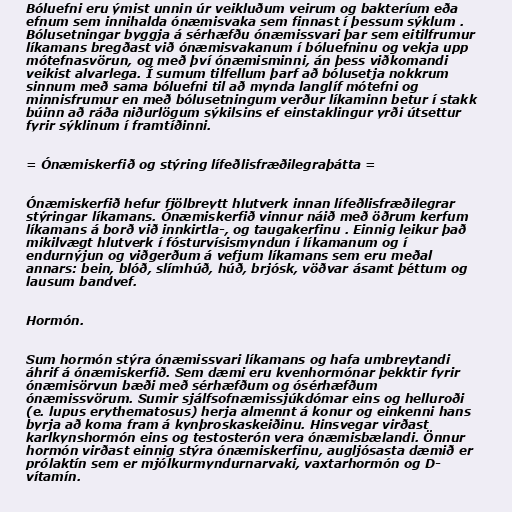
Bóluefni eru ýmist unnin úr veikluðum veirum og bakteríum eða
efnum sem innihalda ónæmisvaka sem finnast í þessum sýklum .
Bólusetningar byggja á sérhæfðu ónæmissvari þar sem eitilfrumur
líkamans bregðast við ónæmisvakanum í bóluefninu og vekja upp
mótefnasvörun, og með því ónæmisminni, án þess viðkomandi
veikist alvarlega. Í sumum tilfellum þarf að bólusetja nokkrum
sinnum með sama bóluefni til að mynda langlíf mótefni og
minnisfrumur en með bólusetningum verður líkaminn betur í stakk
búinn að ráða niðurlögum sýkilsins ef einstaklingur yrði útsettur
fyrir sýklinum í framtíðinni.

= Ónæmiskerfið og stýring lífeðlisfræðilegraþátta =

Ónæmiskerfið hefur fjölbreytt hlutverk innan lífeðlisfræðilegrar
stýringar líkamans. Ónæmiskerfið vinnur náið með öðrum kerfum
líkamans á borð við innkirtla-, og taugakerfinu . Einnig leikur það
mikilvægt hlutverk í fósturvísismyndun í líkamanum og í
endurnýjun og viðgerðum á vefjum líkamans sem eru meðal
annars: bein, blóð, slímhúð, húð, brjósk, vöðvar ásamt þéttum og
lausum bandvef.

Hormón.

Sum hormón stýra ónæmissvari líkamans og hafa umbreytandi
áhrif á ónæmiskerfið. Sem dæmi eru kvenhormónar þekktir fyrir
ónæmisörvun bæði með sérhæfðum og ósérhæfðum
ónæmissvörum. Sumir sjálfsofnæmissjúkdómar eins og helluroði
(e. lupus erythematosus) herja almennt á konur og einkenni hans
byrja að koma fram á kynþroskaskeiðinu. Hinsvegar virðast
karlkynshormón eins og testosterón vera ónæmisbælandi. Önnur
hormón virðast einnig stýra ónæmiskerfinu, augljósasta dæmið er
prólaktín sem er mjólkurmyndurnarvaki, vaxtarhormón og D-
vítamín.